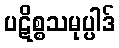
ပဋိစ္စသမုပ္ပါဒ်